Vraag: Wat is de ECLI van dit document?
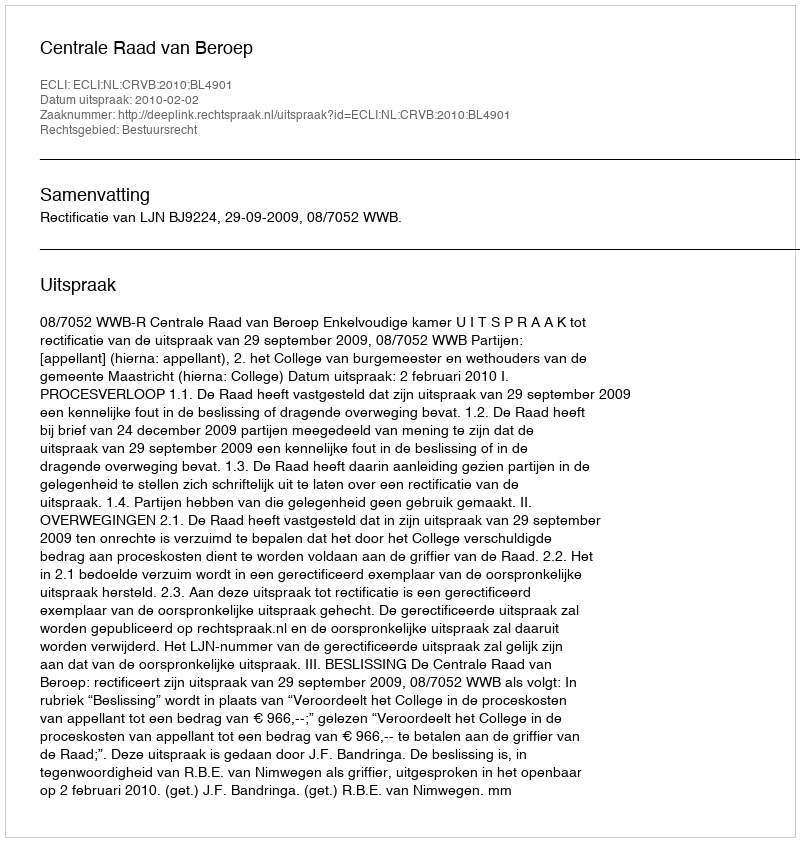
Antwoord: ECLI:NL:CRVB:2010:BL4901